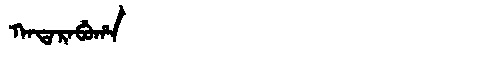
Manchu: ᡴᠠᡨᠠᡵᠠᠪᡠᡥᠠ
Romanization: KATARABUHA